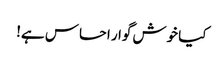
کیا خوش گوار احساس ہے!